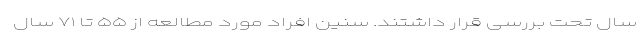
سال تحت بررسی قرار داشتند. سنین افراد مورد مطالعه از ۵۵ تا ۷۱ سال